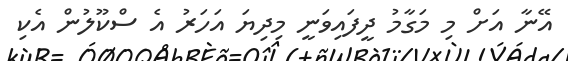
އޭނާ އަށް މި މަގާމު ދީފައިވަނީ މިދިޔަ އަހަރު އެ ސްކޫލުން އެކި